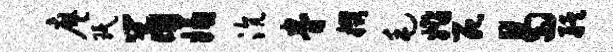
廖珉鼠嫌沆眷掇毛婚死曷艋